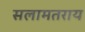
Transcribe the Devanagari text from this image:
सलामतराय